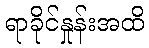
ရာခိုင်နှုန်းအထိ